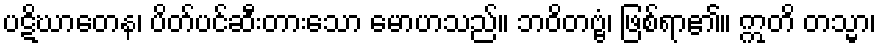
ပဋိဃာတေန၊ ပိတ်ပင်ဆီးတားသော မောဟသည်။ ဘဝိတဗ္ဗံ၊ ဖြစ်ရာ၏။ ဣတိ တသ္မာ၊